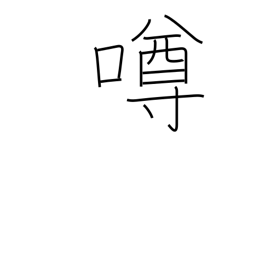
Meaning: gossip